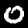
Label: 0